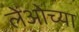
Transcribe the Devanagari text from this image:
लेओच्या